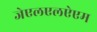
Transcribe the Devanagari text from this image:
जेएलएलऐएम